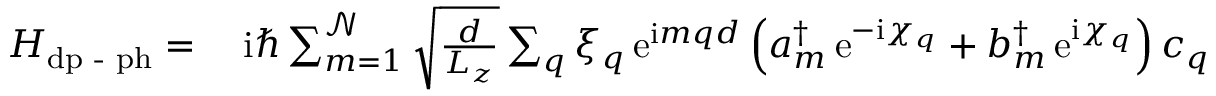
\begin{array} { r l } { H _ { \mathrm { d p } \textrm { - } \mathrm { p h } } = } & { { } \; \mathrm { i } \hbar \sum _ { m = 1 } ^ { \mathcal { N } } \sqrt { \frac { d } { L _ { z } } } \sum _ { q } \xi _ { q } \, \mathrm { e } ^ { \mathrm { i } m q d } \left( a _ { m } ^ { \dagger } \, \mathrm { e } ^ { - \mathrm { i } \chi _ { q } } + b _ { m } ^ { \dagger } \, \mathrm { e } ^ { \mathrm { i } \chi _ { q } } \right) c _ { q } ^ { \phantom { \dagger } } } \end{array}